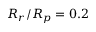
R _ { r } / R _ { p } = 0 . 2